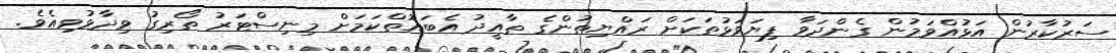
ސަރުކާރުން އަޅުއްވަމުން ގެންދަވާ ފިޔަވަޅުތަކަށް ރައްޔިތުންގެ ތާއީދު އެބައޮތްކަމަށް މިނިސްޓަރު ތޯރިގު ވިދާޅުވިއެވެ.